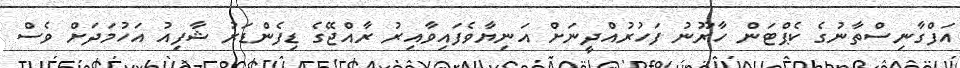
އަފްގާނިސްތާނުގެ ކެޕްޓަން ހާރޫނު ފަހުރުއްދީނަށް އަނިޔާވެފައިވާއިރު ރާއްޖޭގެ ޑިފެންޑަރު ޝާފިއު އަހުމަދަށް ވެސް